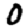
Digit: 0